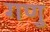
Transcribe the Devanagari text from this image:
गणु